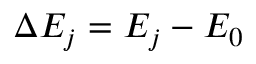
\Delta E _ { j } = E _ { j } - E _ { 0 }